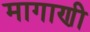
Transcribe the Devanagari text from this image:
मागाणी